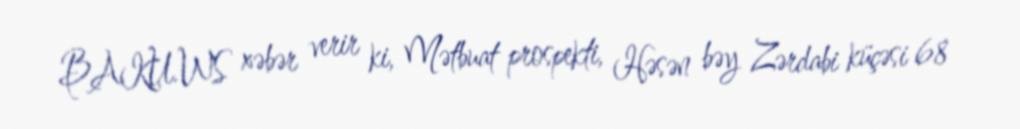
BAKU.WS xəbər verir ki, Mətbuat prospekti, Həsən bəy Zərdabi küçəsi 68